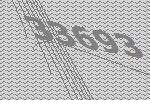
33693